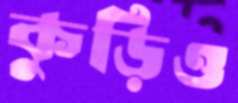
কুড়িও